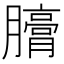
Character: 𣎪